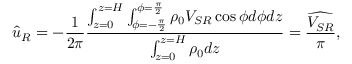
\widehat { u } _ { R } = - \frac { 1 } { 2 \pi } \frac { \int _ { z = 0 } ^ { z = H } \int _ { \phi = - \frac { \pi } { 2 } } ^ { \phi = \frac { \pi } { 2 } } \rho _ { 0 } V _ { S R } \cos { \phi } d \phi d z } { \int _ { z = 0 } ^ { z = H } \rho _ { 0 } d z } = \frac { \widehat { V _ { S R } } } { \pi } ,